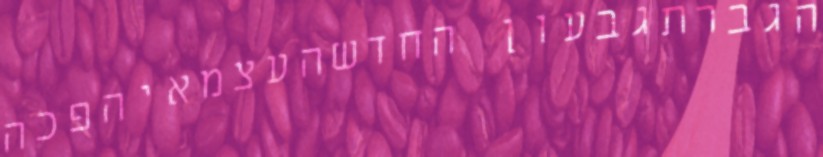
הגברתגבעון החדשהעצמאיהפכה